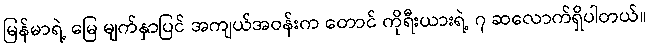
မြန်မာရဲ့ မြေ မျက်နှာပြင် အကျယ်အဝန်းက တောင် ကိုရီးယားရဲ့ ၇ ဆလောက်ရှိပါတယ်။